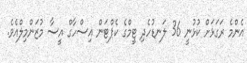
އެންމެ ރަގަޅަށް ކުޅުނީ 36 ލަނޑުހެދި ޓީމްގެ ކެޕްޓަން އިސްހާގް އީސާ މުޒަންމިލްއެވެ.